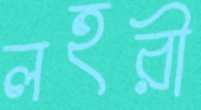
লহরী